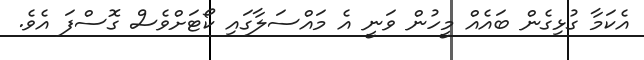
އެކަމާ ގުޅިގެން ބައެއް މީހުން ވަނީ އެ މައްސަލާގައި ކޯޓަށްވެސް ގޮސްފަ އެވެ.